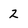
Character: 2